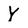
Character: Y